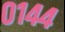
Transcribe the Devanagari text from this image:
०१४४